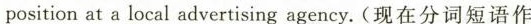
positionat a local advertising agency.(现在分词短语作